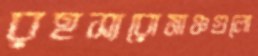
রহস্যরোমাঞ্চগুলো